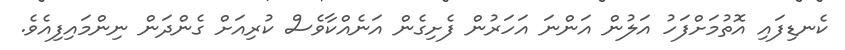
ކެނޑިފައި އޮތުމަށްފަހު އަލުން އަންނަ އަހަރުން ފެށިގެން އަނެއްކާވެސް ކުރިއަށް ގެންދަން ނިންމައިފިއެވެ.